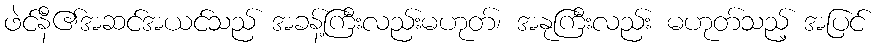
ဖဲင်နီ၏အဆင်အယင်သည် အခန့်ကြီးလည်းမဟုတ်၊ အနုကြီးလည်း မဟုတ်သည့် အပြင်